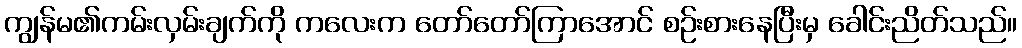
ကျွန်မ၏ကမ်းလှမ်းချက်ကို ကလေးက တော်တော်ကြာအောင် စဉ်းစားနေပြီးမှ ခေါင်းညိတ်သည်။